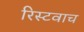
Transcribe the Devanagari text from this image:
रिस्टवाच